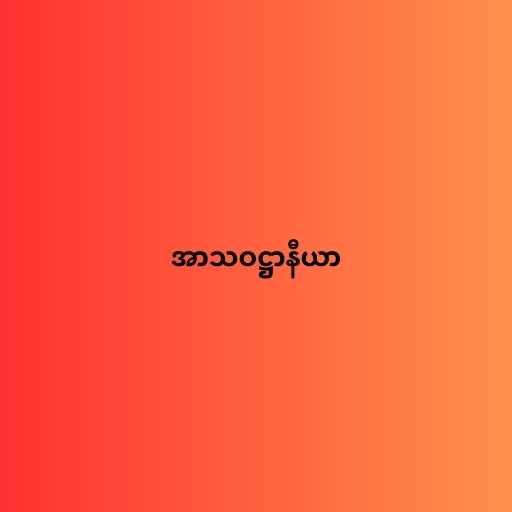
အာသဝဋ္ဌာနီယာ